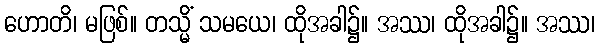
ဟောတိ၊ မဖြစ်။ တသ္မိံ သမယေ၊ ထိုအခါ၌။ အဿ၊ ထိုအခါ၌။ အဿ၊